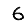
Digit: 6